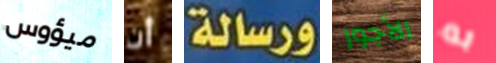
ميؤوس أن ورسالة الأجور به